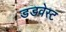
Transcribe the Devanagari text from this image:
डडवेस्ट